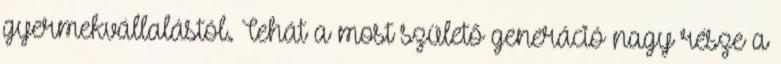
gyermekvállalástól. Tehát a most születő generáció nagy része a